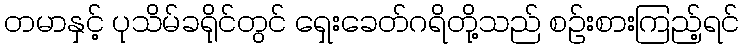
တမာနှင့် ပုသိမ်ခရိုင်တွင် ရှေးခေတ်ဂရိတို့သည် စဉ်းစားကြည့်ရင်